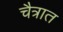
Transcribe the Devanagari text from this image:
चैत्रात